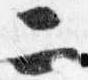
二